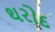
થરોદ